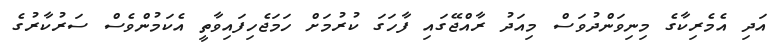
އަދި އެމެރިކާގެ މިނިވަންދުވަސް މިއަދު ރާއްޖޭގައި ފާހަގަ ކުރުމަށް ހަމަޖެހިފައިވާތީ އެކަމުންވެސް ސަރުކާރުގެ